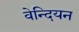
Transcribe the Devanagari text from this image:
वेन्दियन